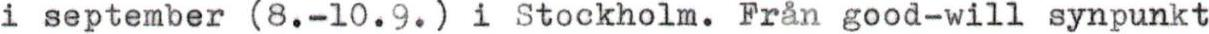
i september (8.-10.9.) i Stockholm. Från good-will synpunkt